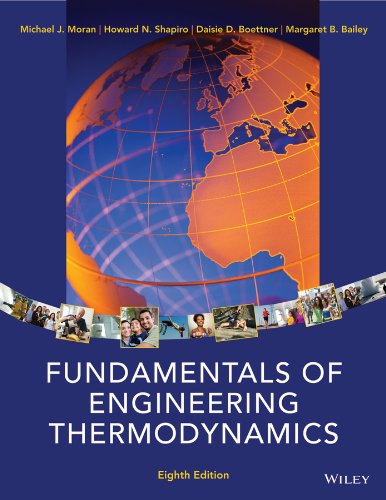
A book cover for Fundamentals of Engineering Thermodynamics; Michael J. Moran; Science & Math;